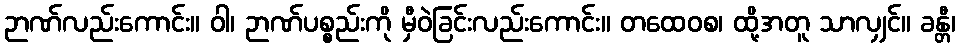
ဉာဏ်လည်းကောင်း။ ဝါ၊ ဉာဏ်ပစ္စည်းကို မှီဝဲခြင်းလည်းကောင်း။ တထေဝစ၊ ထို့အတူ သာလျှင်။ ခန္တီ၊